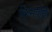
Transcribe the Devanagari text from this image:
किमपीहि